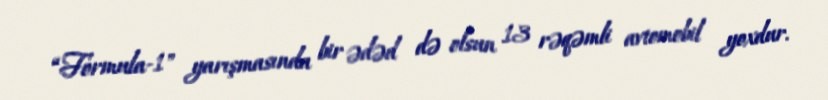
“Formula-1" yarışmasında bir ədəd də olsun 13 rəqəmli avtomobil yoxdur.